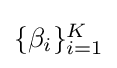
{\textstyle \{\beta _{i}\}_{i=1}^{K}}